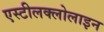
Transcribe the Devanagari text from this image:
एस्टीलक्लोलाइन